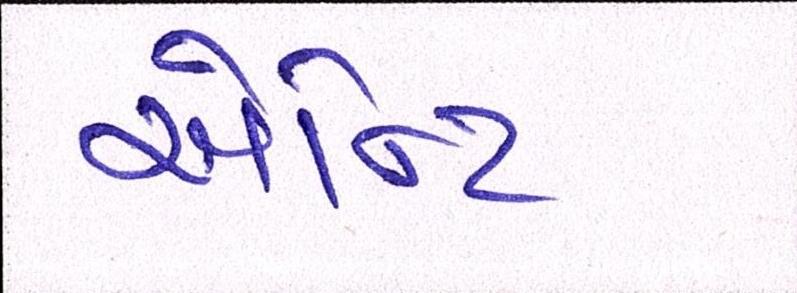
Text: એન્ટિ